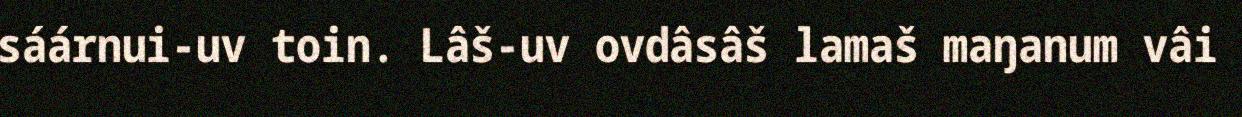
sáárnui-uv toin. Lâš-uv ovdâsâš lamaš maŋanum vâi